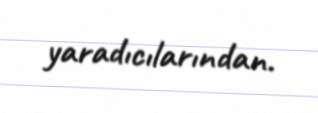
yaradıcılarından.